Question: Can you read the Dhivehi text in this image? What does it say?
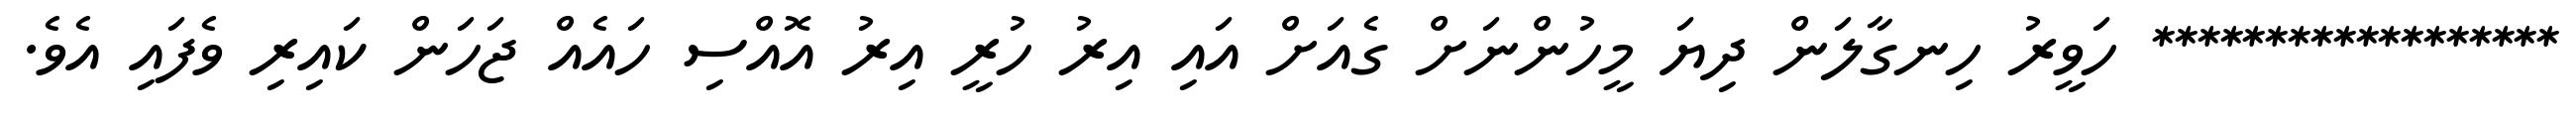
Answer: ****************** ހަވީރު ހިނގާލަން ދިޔަ މީހުންނަށް ގެއަށް އައި އިރު ހުރީ އިރު އޮއްސި ހައެއް ޖަހަން ކައިރި ވެފައި އެވެ.